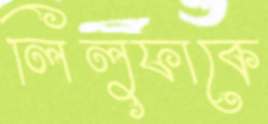
লিলুফাকে